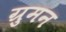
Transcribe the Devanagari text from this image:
ग्रुमन